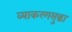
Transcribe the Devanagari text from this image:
व्याकरणसुद्धा